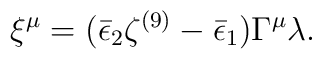
\xi^\mu = (\bar\epsilon_2 \zeta^{(9)} - \bar\epsilon_1) \Gamma^\mu \lambda.